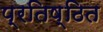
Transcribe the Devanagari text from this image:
प्रतिष्ठित